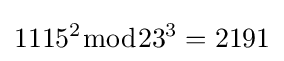
1115^{2}{\bmod {23^{3}}}=2191